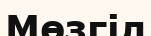
Мөзгіл